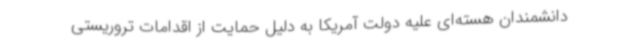
دانشمندان هسته‌ای علیه دولت آمریکا به دلیل حمایت از اقدامات تروریستی